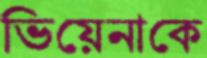
ভিয়েনাকে